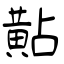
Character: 黇